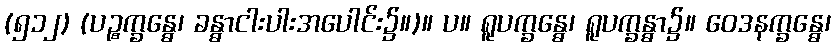
(၅၁၂) (ပဉ္စက္ခန္ဓေ၊ ခန္ဓာငါးပါးအပေါင်း၌။)။ ပ။ ရူပက္ခန္ဓေ၊ ရူပက္ခန္ဓာ၌။ ဝေဒနက္ခန္ဓေ၊